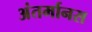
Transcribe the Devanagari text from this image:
अंतर्मानस